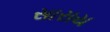
સારાય